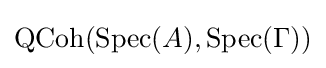
{\text{QCoh}}({\text{Spec}}(A),{\text{Spec}}(\Gamma ))